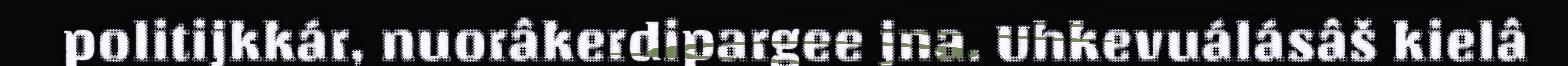
politijkkár, nuorâkerdipargee jna. Uhkevuálásâš kielâ